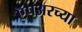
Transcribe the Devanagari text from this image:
ऍंपअरच्या